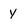
Character: Y